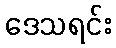
ဒေသရင်း